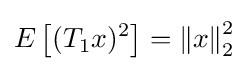
E\left[(T_{1}x)^{2}\right]=\left\|x\right\|_{2}^{2}